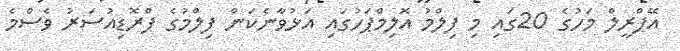
އޭޕްރީލް މަހުގެ 20ގައި މި ފިލްމު އޮލިމްޕަހުގައި އަޅުވާނެކަން ފިލްމުގެ ޕްރޮޑިއުސަރު ވެސްމެ